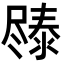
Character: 𫵧